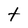
Character: t